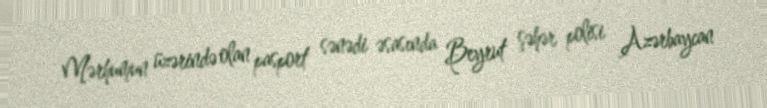
Mərhumun üzərində olan pasport sənədi əsasında Beyrut şəhər polisi Azərbaycan